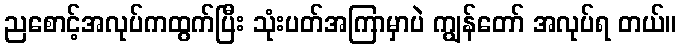
ညစောင့်အလုပ်ကထွက်ပြီး သုံးပတ်အကြာမှာပဲ ကျွန်တော် အလုပ်ရ တယ်။